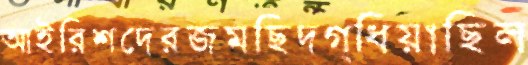
আইরিশদেরজমছিদগ্ধিয়াছিল